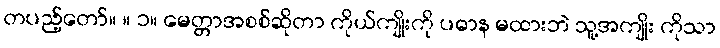
တပည့်တော်။ ။ ၁။ မေတ္တာအစစ်ဆိုတာ ကိုယ်ကျိုးကို ပဓာန မထားဘဲ သူ့အကျိုး ကိုသာ